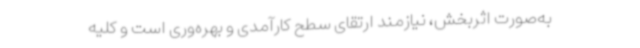
به‌صورت اثربخش، نیازمند ارتقای سطح کارآمدی و بهره‌وری است و کلیه